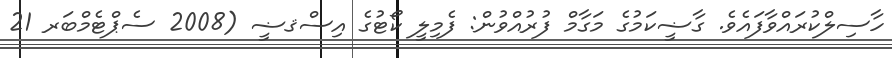
ހާސިލްކުރައްވާފައެވެ. ގާޟީކަމުގެ މަގާމް ފުރުއްވުން: ފެމިލީ ކޯޓުގެ އިސްޤޟީ (2008 ސެޕްޓެމްބަރ 21